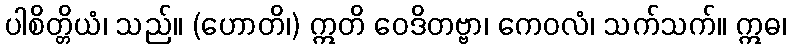
ပါစိတ္တိယံ၊ သည်။ (ဟောတိ၊) ဣတိ ဝေဒိတဗ္ဗာ၊ ကေဝလံ၊ သက်သက်။ ဣဓ၊